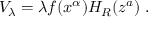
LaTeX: V _ { \lambda } = \lambda f ( x ^ { \alpha } ) H _ { R } ( z ^ { a } ) \; .